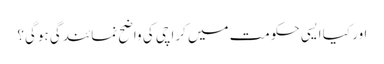
اور کیا ایسی حکومت میں کراچی کی واضح نمائندگی ہوگی؟